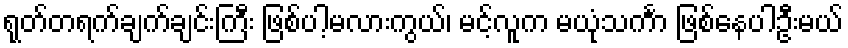
ရုတ်တရက်ချက်ချင်းကြီး ဖြစ်ပါ့မလားကွယ်၊ မင့်လူက မယုံသင်္ကာ ဖြစ်နေပါဦးမယ်